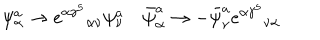
\psi _ { \alpha } ^ { a } \to { e ^ { \alpha \gamma ^ { 5 } } } _ { \alpha \nu } \psi _ { \nu } ^ { a } \quad \bar { \psi } _ { \alpha } ^ { a } \to - \bar { \psi } _ { \nu } ^ { a } { e ^ { \alpha \gamma ^ { 5 } } } _ { \nu \alpha } \quad